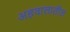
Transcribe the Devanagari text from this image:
अहवालातील